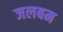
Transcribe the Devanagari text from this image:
जलबम